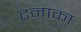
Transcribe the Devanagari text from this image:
टनाका